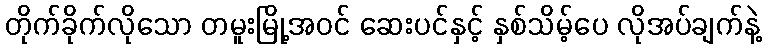
တိုက်ခိုက်လိုသော တမူးမြို့အဝင် ဆေးပင်နှင့် နှစ်သိမ့်ပေ လိုအပ်ချက်နဲ့